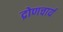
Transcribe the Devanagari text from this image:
द्रोणचार्य